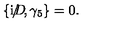
\{ \mathrm { i } D \! \llap { / } , \gamma _ { 5 } \} = 0 .